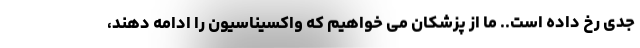
جدی رخ داده است.. ما از پزشکان می خواهیم که واکسیناسیون را ادامه دهند،